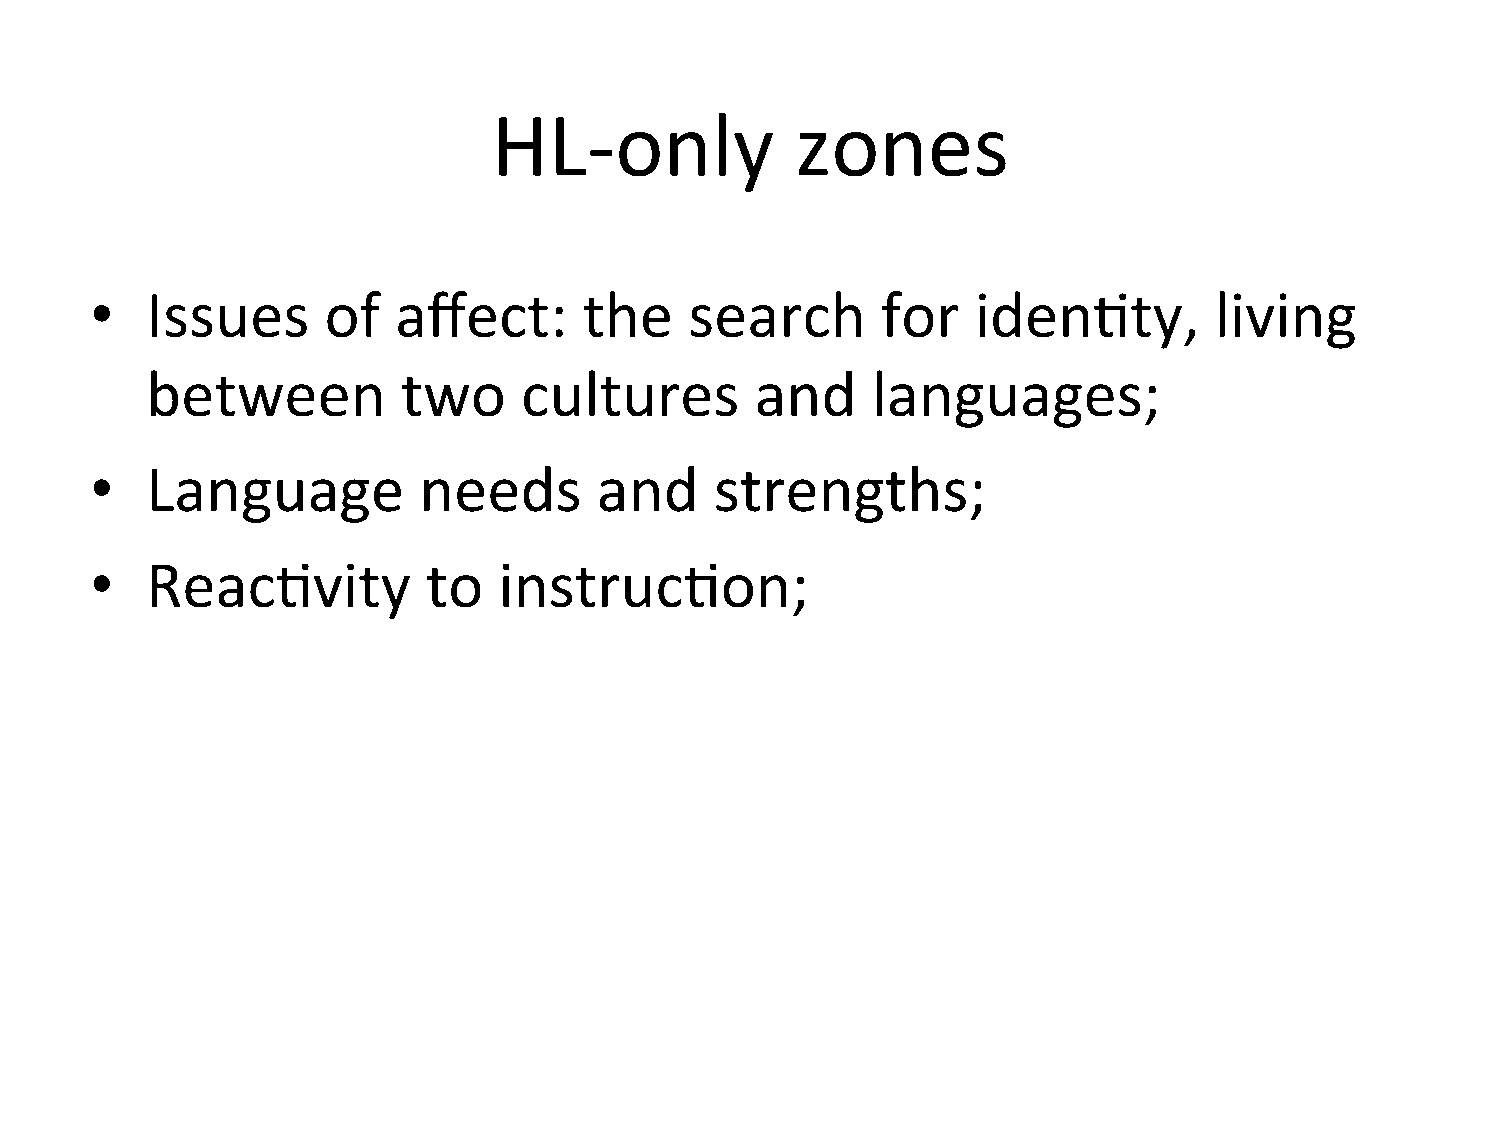
HL-­‐only           zones
 •   Issues     of   affect:      the    search      for    iden=ty,       living
 between          two     cultures       and     languages;
 •   Language          needs       and    strengths;
 •   Reac=vity         to   instruc=on;